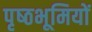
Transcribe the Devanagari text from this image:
पृष्‍ठभूमियों